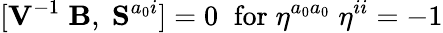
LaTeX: [{\mathbf V}^{-1}\; {\mathbf B},\; {\mathbf S}^{a_{0}i}]=0\; \; \mathrm{for}\; \eta^{a_{0}a_{0}}\; \eta^{ii}=-1